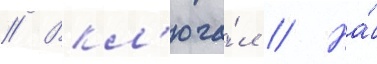
// Вкл'юча́л // На́